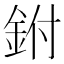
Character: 鉜